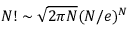
N ! \sim \sqrt { 2 \pi N } ( N / e ) ^ { N }